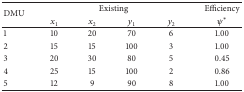
<table><thead><tr><td rowspan="2"><b>DMU</b></td><td colspan="4"><b> Existing</b></td><td><b> Efficiency </b></td></tr><tr><td><b><i>x</i><sub>1</sub></b></td><td><b><i>x</i><sub>2</sub></b></td><td><b><i>y</i><sub>1</sub></b></td><td><b><i>y</i><sub>2</sub></b></td><td><b><i>ψ</i>*</b></td></tr></thead><tbody><tr><td> 1</td><td>10</td><td>20</td><td>70</td><td>6</td><td>1.00</td></tr><tr><td> 2</td><td>15</td><td>15</td><td>100</td><td>3</td><td>1.00</td></tr><tr><td> 3</td><td>20</td><td>30</td><td>80</td><td>5</td><td>0.45</td></tr><tr><td> 4</td><td>25</td><td>15</td><td>100</td><td>2</td><td>0.86</td></tr><tr><td> 5</td><td>12</td><td>9</td><td>90</td><td>8</td><td>1.00</td></tr></tbody></table>